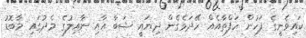
ކައިވެނީގެ ފަހުން ހަފްތާއެއް ހޭދަވެގެން ދިޔައީ ޝަބާ އާއި ނާއިލުގެ މެދުގައި މާބޮޑު